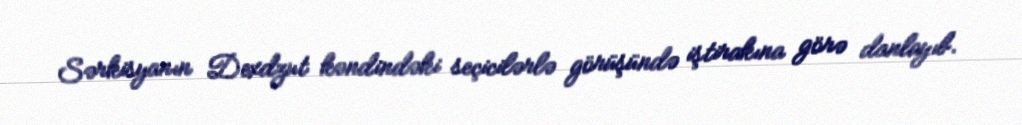
Sərkisyanın Dexdzut kəndindəki seçicilərlə görüşündə iştirakına görə danlayıb.